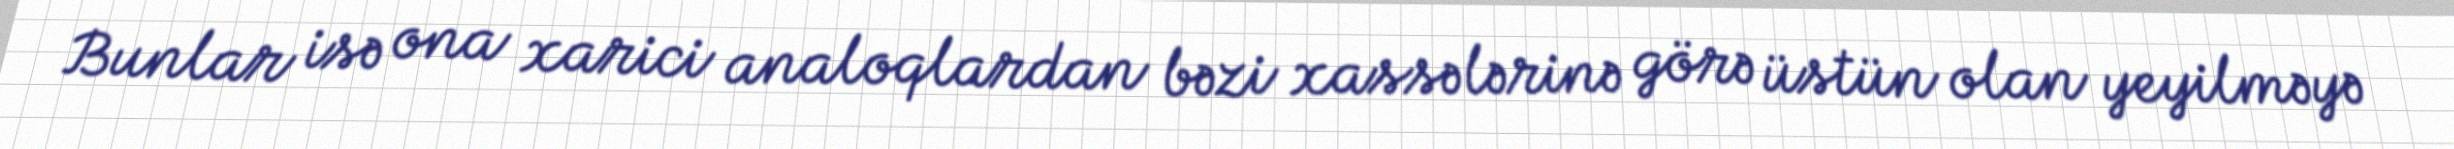
Bunlar isə ona xarici analoqlardan bəzi xassələrinə görə üstün olan yeyilməyə